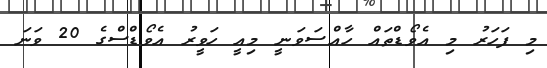
މި ފަހަރު މި އެވޯޑްތައް ހާއްސަވަނީ މިއީ ހަވީރު އެވޯޑްސްގެ 20 ވަނަ